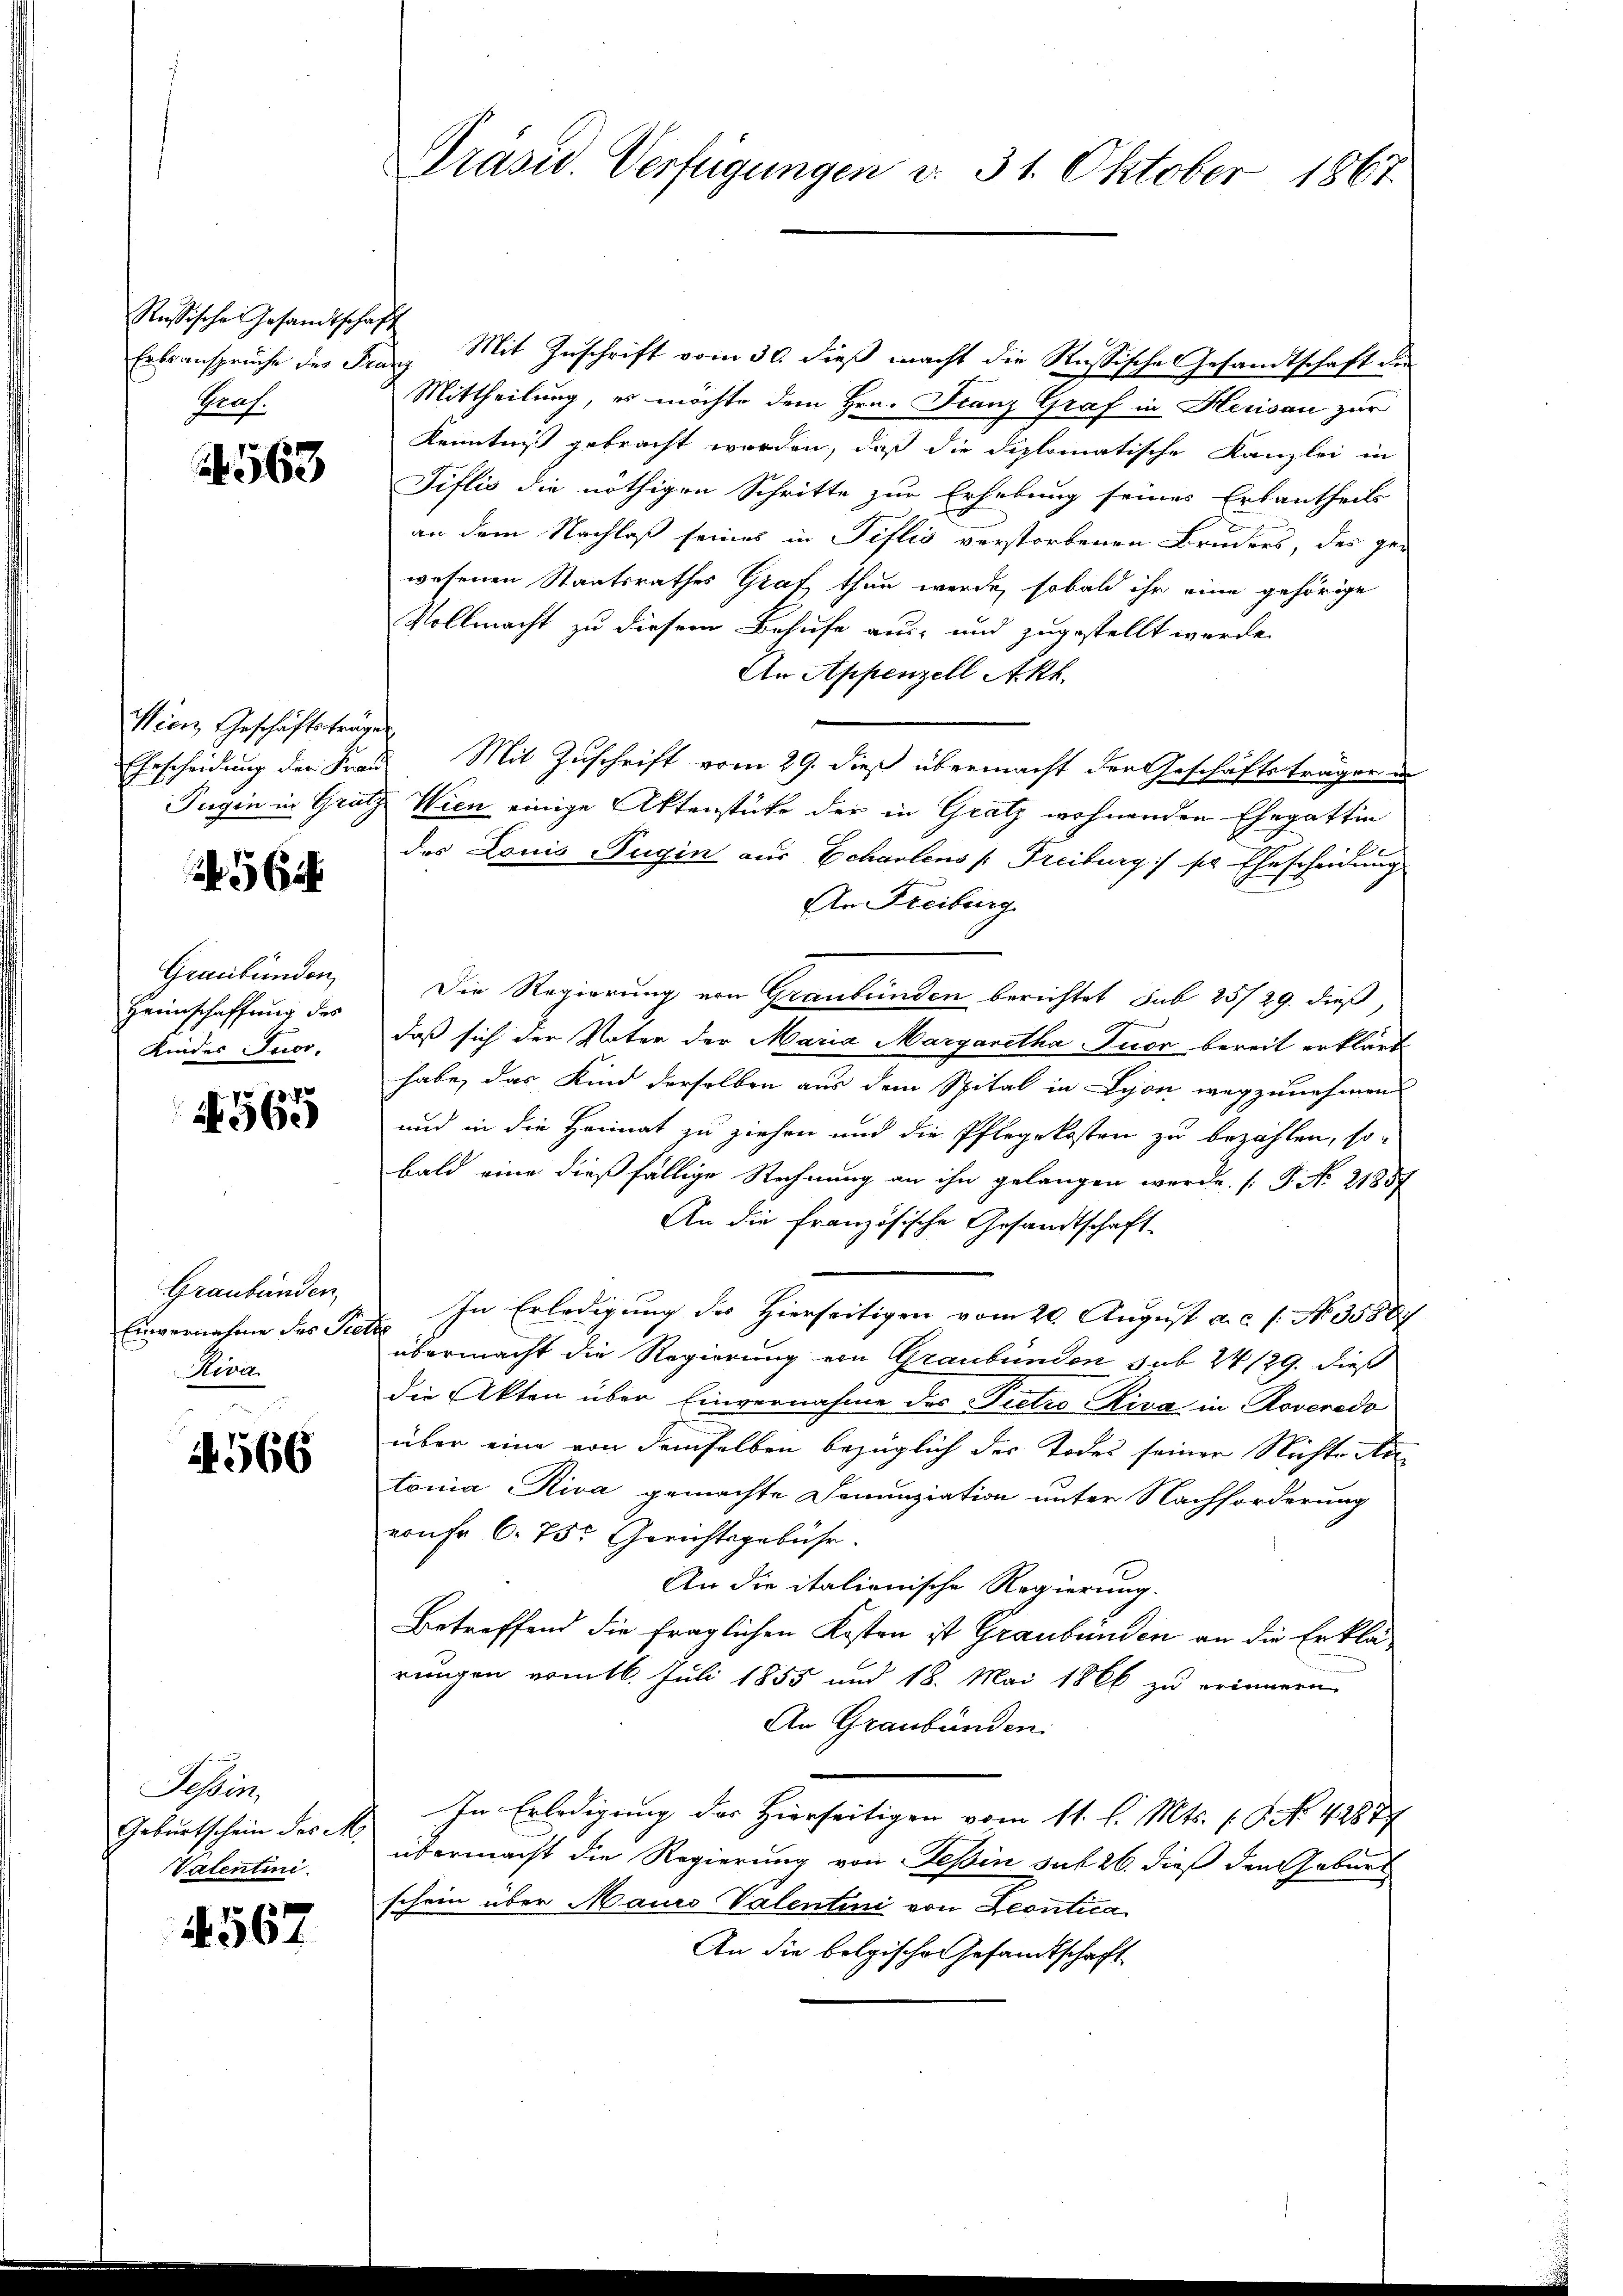
Russische Gesandtschaft
Prof.

563

Wien, Geschäftsträgen

562

Graubünden,
Heimschaffung des
Kinder Tuor,

565

Graubünden
Einvernahme des Sie
Divis

A. 566

Tessin,
Geburtschein des M.
Valentini.

4567

Präsid. Verfügungen d. 31. Oktober 1867.

Ertsansprüche des Franz Mit Zuschrift vom 30. dieß macht die Russische Gesandtschaft der
Mittheilung, es möchte dem Hrn. Franz Graf in Herisau zur
Kenntniß gebracht worden, daß die diplomatische Kanzlei in
Tiflis die nöthigen Schritte zur Erhebung seines Erbantheils
an dem Nachlaß seines in Tiflis verstorbenen Bruders, des ge-
wesenen Staatsrathes Grat, thun werde, sobald ihr eine gehörige
Vollmacht zu diesem Behufe aus- und zugestellt werde.
An Appenzell Akt.
Ehrscheidung der Frau Mit Zuschrift vom 29. dieß übermacht der Geschäftsträger in
Tugin in Gratz Wien einige Aktenstücke der in Gratz wohnenden Ehegattin
des Louis ugin aus Echalens (Freiburg :/ sie Ehescheidung
An Freiburg
Die Regierung von Graubünden berichtet sub 25/29. dieß,
daß sich der Vater der Maria Margaretha Tuor bereit erklärt
habe, das Kind derselben aus dem Spital in Lyon wegzunehmen
und in die Heimat zu ziehen und die Pflegekosten zu bezahlen, so
bald eine dießfällige Rechnung an ihn gelangen werde. [P. No. 21857
An die französische Gesandtschaft
In Erledigung des Hierseitigen vom 20. August a.c. s. No. 35887
t
übermacht die Regierung von Graubünden sub 24/29. dieß
Die Akten über Einvernahme des Pietro Riva in Roveredo
über eine von demselben bezüglich der Todes seiner Nichte de
tonia, Riva gemachte Denunziation unter Nachforderung
vonFr. 6. 75. Gerichtsgebühr.
An die italienische Regierung.
Betreffend die fraglichen Kosten ist Graubünden an die Erklärungen vom 16. Juli 1855 und 18. Mai 1866 zu erinnern
An Graubünden.
In Erledigung der Hierseitigen vom 11. l. Mts. f. No. 42877
übermacht die Regierung von Teßin sub 26. dieß den Gebur
schein über Mauro Valentini von Leontica
An die bolgische Gesandtschaft